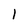
Character: 1